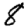
Digit: 8